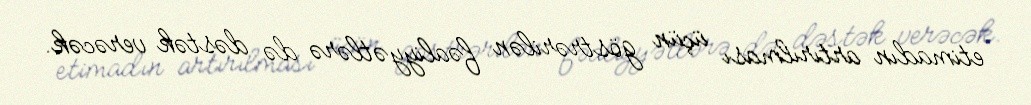
etimadın artırılması üçün göstrərilən fəaliyyətlərə də dəstək verəcək.